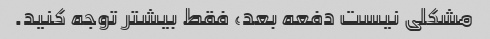
مشکلی نیست دفعه بعد، فقط بیشتر توجه کنید.